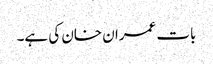
بات عمران خان کی ہے۔